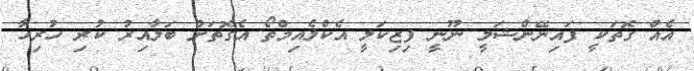
އެއް ގޮތަކީ ފައިނޭންޝަލީ ނޫނީ ފިޒިކަލީ އެކްލެއިމްތޯ އެގޮތަށް ބަލާއިރު ކުރި ހުރިހާ